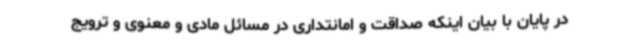
در پایان با بیان اینکه صداقت و امانتداری در مسائل مادی و معنوی و ترویج